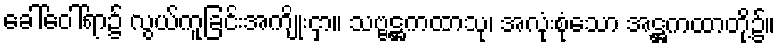
ခေါ်ဝေါ်ရာ၌ လွယ်ကူခြင်းအကျိုးငှာ။ သဗ္ဗဋ္ဌကထာသု၊ အလုံးစုံသော အဋ္ဌကထာတို့၌။